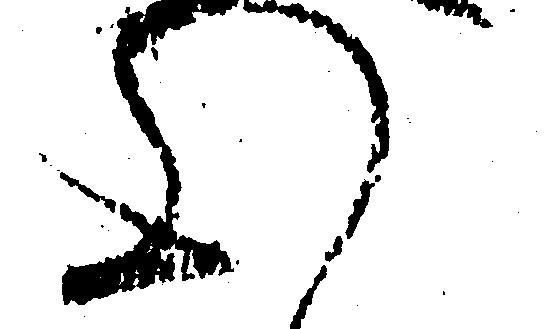
心